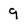
Character: 9